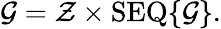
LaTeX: {\mathcal{G}}={\mathcal{Z}}\times\operatorname{SEQ}\{ {\mathcal{G}}\} .